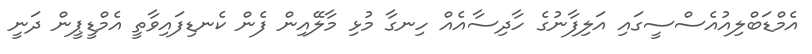
އެމްޑަބްލިއުއެސްސީގައި އަލިފާނުގެ ހާދިސާއެއް ހިނގާ މުޅި މާލޭއިން ފެން ކެނޑިފައިވާތީ އެމްޑީޕީން ދަނީ